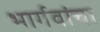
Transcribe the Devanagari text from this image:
भार्गवांचा